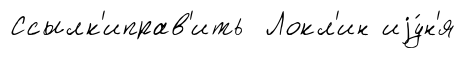
Ссылк'иправ'ить Локл'ин иjу́н'я